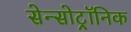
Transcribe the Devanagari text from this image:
सेन्सोट्रॉनिक